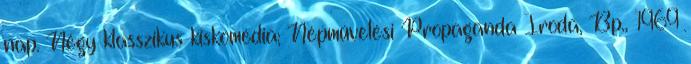
nap. Négy klasszikus kiskomédia; Népművelési Propaganda Iroda, Bp., 1969